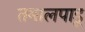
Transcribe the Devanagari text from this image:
तमालपाडू